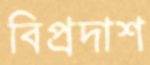
বিপ্রদাশ